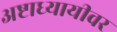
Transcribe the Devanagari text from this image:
अष्टाध्यायीवर